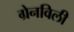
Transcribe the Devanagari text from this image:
ग्रेनविली